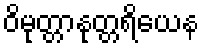
ဝိမုတ္တာနုတ္တရိယေန